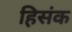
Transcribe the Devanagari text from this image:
हिसंक